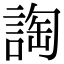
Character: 䛬